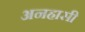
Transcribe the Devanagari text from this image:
अनह्रासी